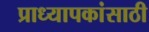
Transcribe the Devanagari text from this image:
प्राध्यापकांसाठी